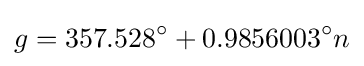
g=357.528^{\circ }+0.9856003^{\circ }n